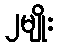
၂မျိုး